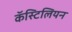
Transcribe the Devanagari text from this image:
कॅस्टिलियन